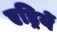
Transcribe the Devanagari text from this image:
एड्रियें